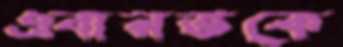
এবারতকে